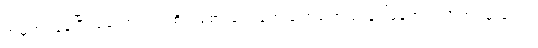
အမှတ်ရနေပြီး မကောင်း တဲ့စိတ်ခံစားချက်တွေ ခဏခဏဖြစ်ပေါ်နေတယ်လို့ အဖမ်းခံရတဲ့